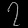
Digit: ၇